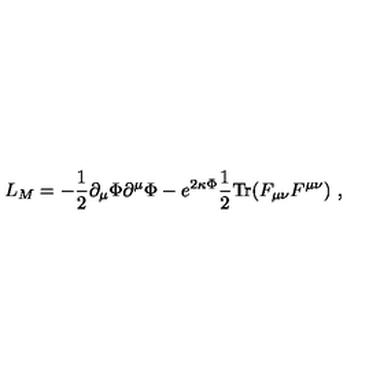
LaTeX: L _ { M } = - \frac { 1 } { 2 } \partial _ { \mu } \Phi \partial ^ { \mu } \Phi - e ^ { 2 \kappa \Phi } \frac { 1 } { 2 } \mathrm { T r } ( F _ { \mu \nu } F ^ { \mu \nu } ) \ ,